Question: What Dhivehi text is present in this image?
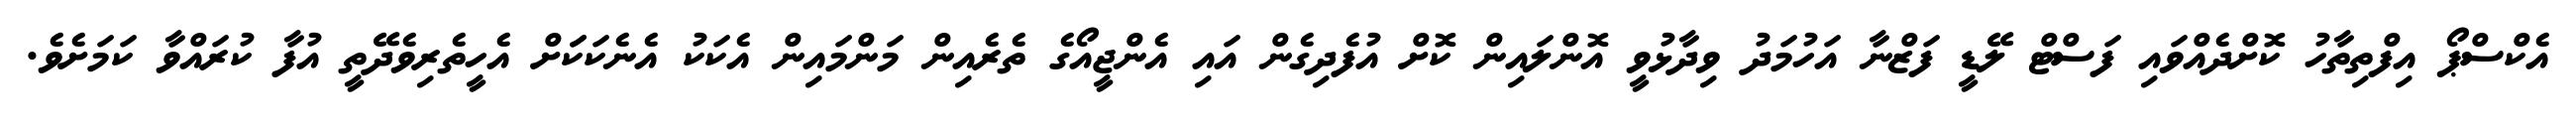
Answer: އެކްސްޕޯ އިފްތިތާހު ކޮށްދެއްވައި ފަސްޓް ލޭޑީ ފަޒްނާ އަހުމަދު ވިދާޅުވީ އޮންލައިން ކޮށް އުފެދިގެން އައި އެންޖީއޯގެ ތެރެއިން މަންމައިން އެކަކު އެނެކަކަަށް އެހީތެރިވެދޭތީ އުފާ ކުރައްވާ ކަމަށެވެ.